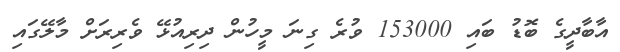
އާބާދީގެ ބޮޑު ބައި 153000 ވުރެ ގިނަ މީހުން ދިރިއުޅޭ ވެރިރަށް މާލޭގައި